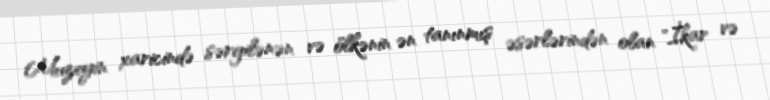
Muzeyin xaricində sərgilənən və ölkənin ən tanınmış əsərlərindən olan "İkar və